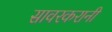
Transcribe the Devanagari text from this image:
सावरकरानी